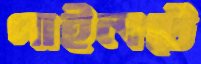
পাইলটে